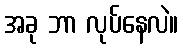
အခု ဘာ လုပ်နေလဲ။